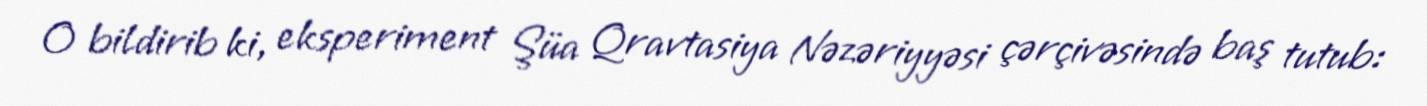
O bildirib ki, eksperiment Şüa Qravtasiya Nəzəriyyəsi çərçivəsində baş tutub: